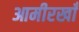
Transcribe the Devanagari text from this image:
आमीरखाँ